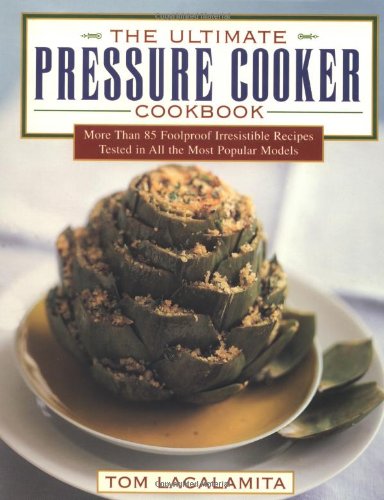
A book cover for The Ultimate Pressure Cooker Cookbook: More Than 85 Foolproof Irresistible Recipes Tested in All the Most Popular Models; Tom Lacalamita; Cookbooks, Food & Wine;